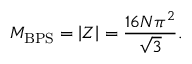
M _ { \mathrm { B P S } } = \left| Z \right| = \frac { 1 6 N \pi ^ { 2 } } { \sqrt { 3 } } .